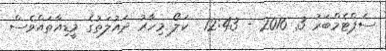
ސެޕްޓެމްބަރު 3